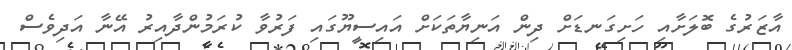
އާޒަރުގެ ބޮލަށާއި ހަށިގަނޑަށް ދިން އަނިޔާތަކަށް އައިސީޔޫގައި ފަރުވާ ކުރަމުންދާއިރު އޭނާ އަދިވެސް